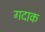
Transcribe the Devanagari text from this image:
गदाक